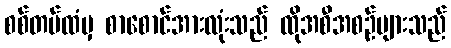
စစ်တပ်ထံမှ စာစောင်အားလုံးသည် ထိုအစီအစဉ်များသည်